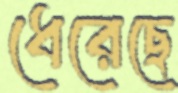
ধেরেছে